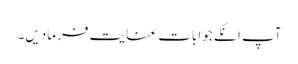
آپ انکے جوابات عنایت فرمادیں۔